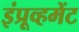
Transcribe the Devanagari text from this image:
इंप्रूव्हमेंट